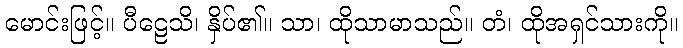
မောင်းဖြင့်။ ပီဠေသိ၊ နှိပ်၏။ သာ၊ ထိုသာမာသည်။ တံ၊ ထိုအရှင်သားကို။